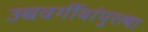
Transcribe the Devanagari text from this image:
उच्चवर्गीयांपुरत्या